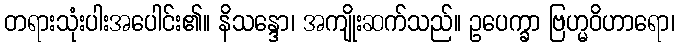
တရားသုံးပါးအပေါင်း၏။ နိသန္ဒော၊ အကျိုးဆက်သည်။ ဥပေက္ခာ ဗြဟ္မဝိဟာရော၊